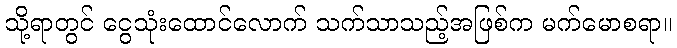
သို့ရာတွင် ငွေသုံးထောင်လောက် သက်သာသည့်အဖြစ်က မက်မောစရာ။